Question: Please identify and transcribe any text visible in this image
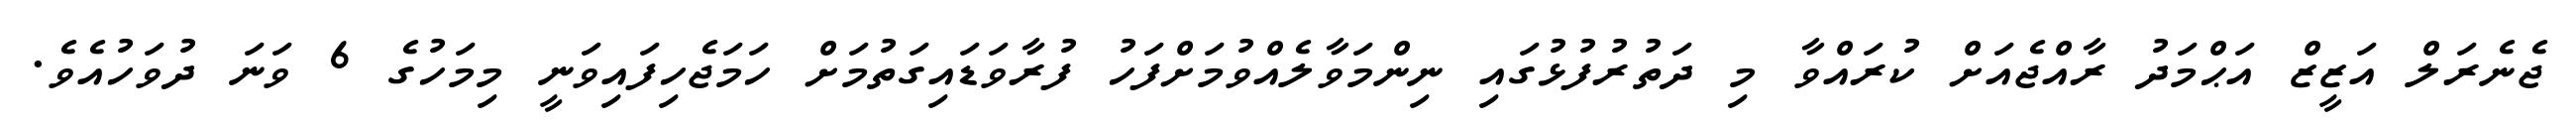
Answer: ޖެނެރަލް އަޒީޒް އަޙްމަދު ރާއްޖެއަށް ކުރައްވާ މި ދަތުރުފުޅުގައި ނިންމަވާލެއްވުމަށްފަހު ފުރާވަޑައިގަތުމަށް ހަމަޖެހިފައިވަނީ މިމަހުގެ 6 ވަނަ ދުވަހުއެވެ.